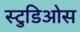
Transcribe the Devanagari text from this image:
स्टुडिओस